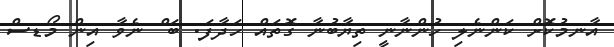
އާނމުކޮށް ކަންނެލި ހުންނާނީ ތިޔާބުނާ ގޮތައް ހަދާފަ. ބަޱް ނެވާ އިން މޯޑސް